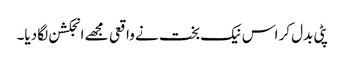
پٹی بدل کر اس نیک بخت نے واقعی مجھے انجکشن لگا دیا۔